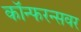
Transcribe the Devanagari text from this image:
कॉन्फरन्सवर